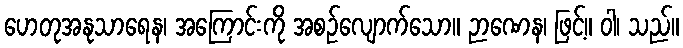
ဟေတုအနုသာရေန၊ အကြောင်းကို အစဉ်လျောက်သော။ ဉာဏေန၊ ဖြင့်။ ဝါ၊ သည်။